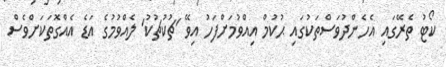
ކޯޓު ތެރޭގައި އެހެންދުވަސްތަކުގައި ޙުކުމް އިއްވުމަށްފަހު އިވޭ 'ޗުކުޗުކު' ލެއްވުމުގެ އަޑެ އެއްގޮތަކަށްވެސް